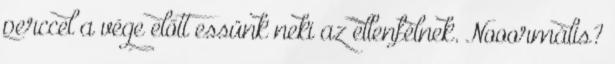
perccel a vége előtt essünk neki az ellenfélnek. Nooormális?